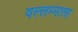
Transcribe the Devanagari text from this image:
यल्लम्माला